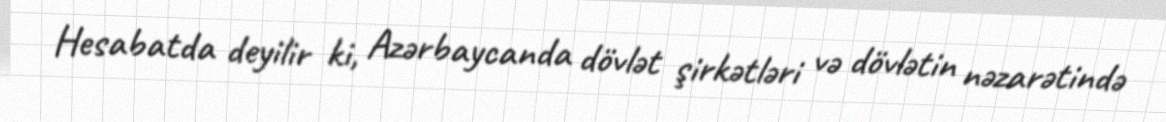
Hesabatda deyilir ki, Azərbaycanda dövlət şirkətləri və dövlətin nəzarətində